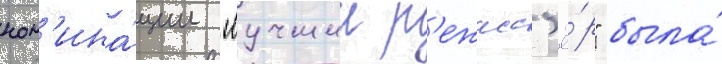
ном'ина́ции "лучшии р'ежисс'ё́р" была́